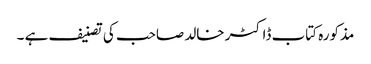
مذکورہ کتاب ڈاکٹر خالد صاحب کی تصنیف ہے ۔